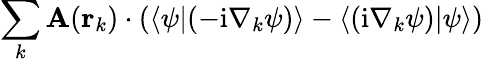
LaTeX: \sum_{k}\mathbf{A}(\mathbf{r}_{k})\cdot(\langle\psi|(-\mathrm{i}\nabla_{k}\psi)\rangle-\langle(\mathrm{i}\nabla_{k}\psi)|\psi\rangle)